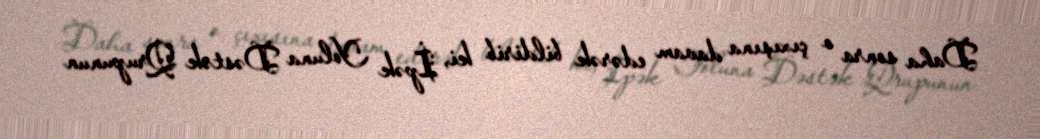
Daha sonra o çıxışına davam edərək bildirib ki, İpək Yoluna Dəstək Qrupunun